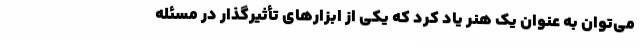
می‌توان به عنوان یک هنر یاد کرد که یکی از ابزارهای تأثیرگذار در مسئله